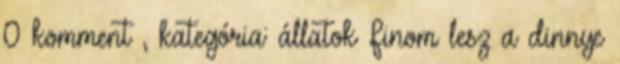
0 komment , kategória: állatok Finom lesz a dinnye